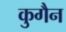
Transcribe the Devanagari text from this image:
कुगैन